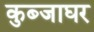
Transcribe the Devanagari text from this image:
कुब्जाघर